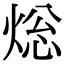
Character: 焧